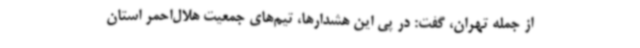
از جمله تهران، گفت: در پی این هشدارها، تیم‌های جمعیت هلال‌احمر استان